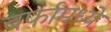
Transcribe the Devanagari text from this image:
बर्फामध्ये